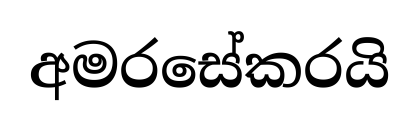
අමරසේකරයි